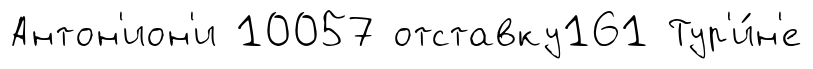
Антон'ион'и 10057 отставку161 Тур'и́н'е